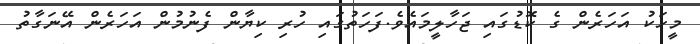
މީހަކު އަހަރެން ގެ ކޮޑުގައި ޖަހާލީމައެވެ.ފަހަތުގައި ހުރި ކިޔާން ފެނުމުން އަހަރެން އޭނަގާތު